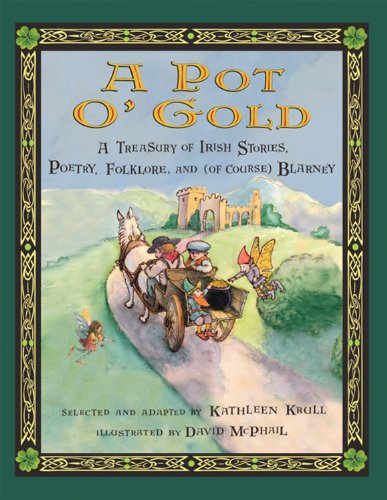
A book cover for A Pot o' Gold: A Treasury of Irish Stories, Poetry, Folklore, and (of Course) Blarney; Kathleen Krull; Children's Books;